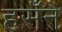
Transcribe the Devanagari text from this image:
हसँने